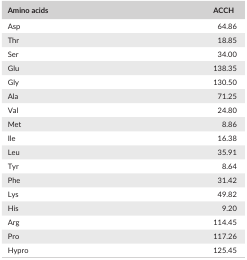
<table><thead><tr><td><b>Amino acids</b></td><td><b>ACCH</b></td></tr></thead><tbody><tr><td>Asp</td><td>64.86</td></tr><tr><td>Thr</td><td>18.85</td></tr><tr><td>Ser</td><td>34.00</td></tr><tr><td>Glu</td><td>138.35</td></tr><tr><td>Gly</td><td>130.50</td></tr><tr><td>Ala</td><td>71.25</td></tr><tr><td>Val</td><td>24.80</td></tr><tr><td>Met</td><td>8.86</td></tr><tr><td>Ile</td><td>16.38</td></tr><tr><td>Leu</td><td>35.91</td></tr><tr><td>Tyr</td><td>8.64</td></tr><tr><td>Phe</td><td>31.42</td></tr><tr><td>Lys</td><td>49.82</td></tr><tr><td>His</td><td>9.20</td></tr><tr><td>Arg</td><td>114.45</td></tr><tr><td>Pro</td><td>117.26</td></tr><tr><td>Hypro</td><td>125.45</td></tr></tbody></table>